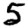
Digit: 5